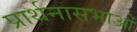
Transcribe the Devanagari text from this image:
प्रार्थनासभाओं